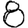
Digit: 8